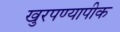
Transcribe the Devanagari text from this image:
खुरपण्यापीक